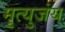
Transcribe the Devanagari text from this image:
मृत्युजंय